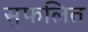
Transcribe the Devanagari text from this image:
सुफलित